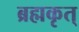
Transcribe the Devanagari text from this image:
ब्रह्मकृत्